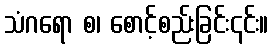
သံဂရော စ၊ စောင့်စည်းခြင်း၎င်း။